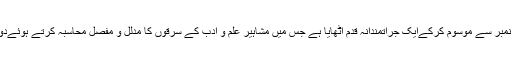
حال ہی میں اثبات نےاپنےکتابی سلسلےکوآگے بڑھاتےہوئے اپنی 18+19 ویں اشاعت کو سرقہ نمبر سے موسوم کرکےایک جرأتمندانہ قدم اٹھایا ہے جس میں مشاہیر علم و ادب کے سرقوں کا مدلل و مفصل محاسبہ کرتے ہوئےدودھ کا دودھ اور پانی کا پانی والے محاورے کو عملی شکل دینے کی قابل تعریف کوشش کی ہے ۔